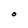
Character: O